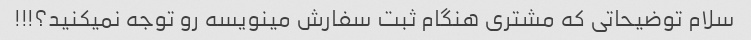
سلام توضیحاتی که مشتری هنگام ثبت سفارش مینویسه رو توجه نمیکنید؟!!!